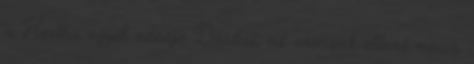
a Hertha egyik edzője Dárdai: az oroszok elleni meccs